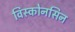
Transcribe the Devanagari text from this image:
विस्कोनसिन